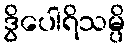
ဒွိပေါရိသမ္ပိ